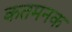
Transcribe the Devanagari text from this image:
कतमनक